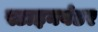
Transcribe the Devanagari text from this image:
स्टाइनवंडर